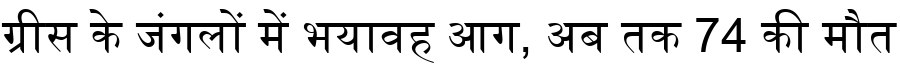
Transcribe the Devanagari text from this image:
ग्रीस के जंगलों में भयावह आग, अब तक 74 की मौत